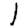
Digit: 1